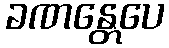
ခဏန္တေပေ